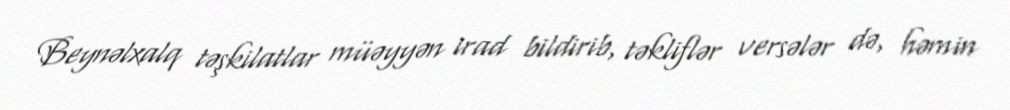
Beynəlxalq təşkilatlar müəyyən irad bildirib, təkliflər versələr də, həmin